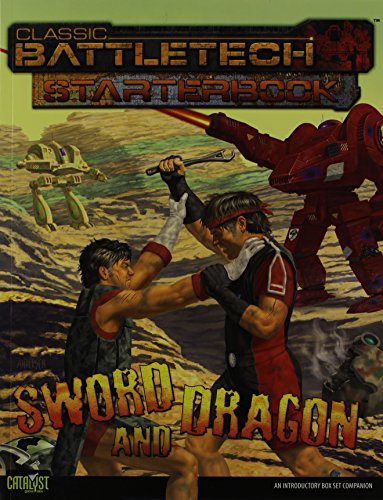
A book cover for Battletech Starterbook Sword and Dragon (Classic Battletech); Science Fiction & Fantasy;